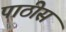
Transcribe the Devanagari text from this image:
पाठीस